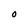
Character: O